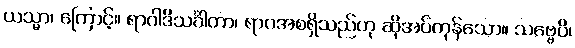
ယသ္မာ၊ ကြောင့်။ ရာဂါဒိသင်္ခါတာ၊ ရာဂအစရှိသည်ဟု ဆိုအပ်ကုန်သော။ သဗ္ဗေပိ၊